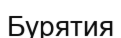
Бурятия